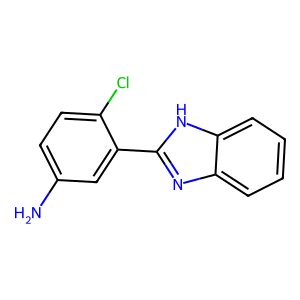
SMILES: Nc1ccc(Cl)c(-c2nc3ccccc3[nH]2)c1
Inhibits HIV replication: No